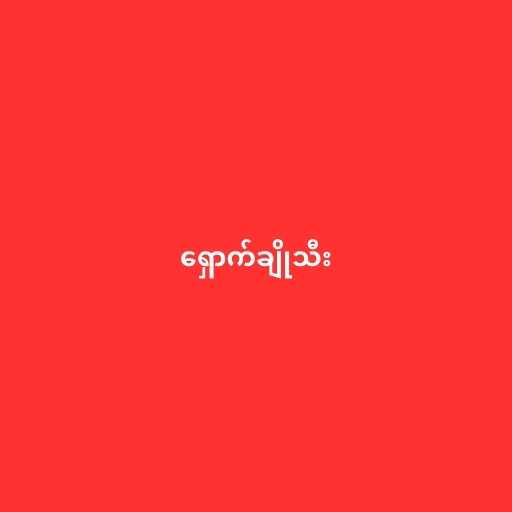
ရှောက်ချိုသီး